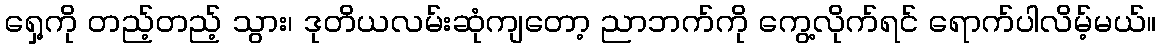
ရှေ့ကို တည့်တည့် သွား၊ ဒုတိယလမ်းဆုံကျတော့ ညာဘက်ကို ကွေ့လိုက်ရင် ရောက်ပါလိမ့်မယ်။